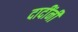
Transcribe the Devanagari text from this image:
दादींनी